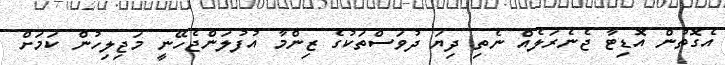
އެގޮތުން އޮޑިޓާ ޖެނެރަލެއް ނެތި ދިޔަ ދުވަސްތަކުގެ ޒިންމާ އުފުލަންޖެހޭނީ މަޖިލިހުން ކަމަށް